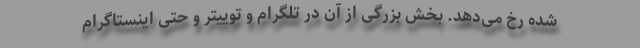
شده رخ می‌دهد. بخش بزرگی از آن در تلگرام و توییتر و حتی اینستاگرام